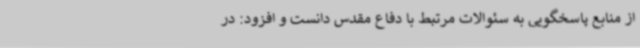
از منابع پاسخگویی به سئوالات مرتبط با دفاع مقدس دانست و افزود: در